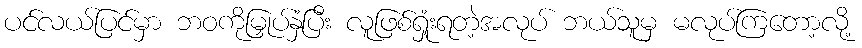
ပင်လယ်ပြင်မှာ ဘဝကိုမြှုပ်နှံပြီး လူဖြစ်ရှုံးရတဲ့အလုပ် ဘယ်သူမှ မလုပ်ကြတော့လို့